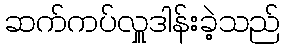
ဆက်ကပ်လှူဒါန်းခဲ့သည်